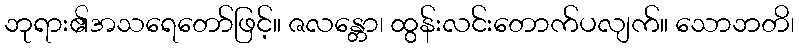
ဘုရား၏အသရေတော်ဖြင့်။ ဇလန္တော၊ ထွန်းလင်းတောက်ပလျက်။ သောဘတိ၊